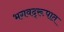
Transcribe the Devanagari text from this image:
भगवद्‌रूपात